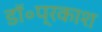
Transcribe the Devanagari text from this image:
डॉ॰प्रकाश